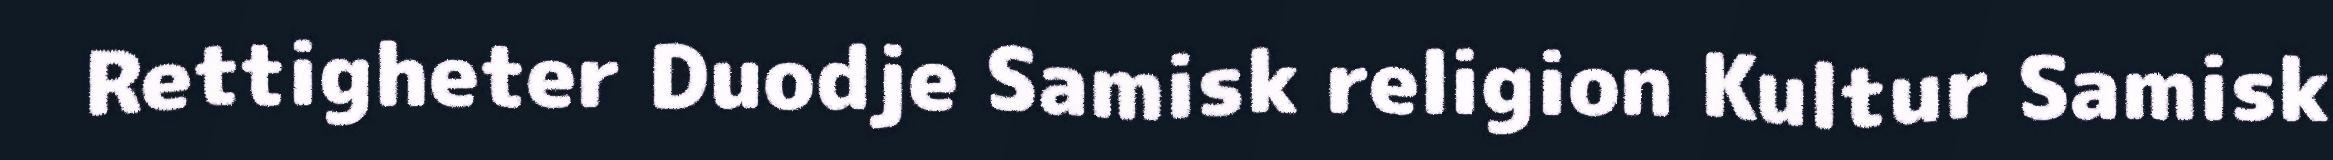
Rettigheter Duodje Samisk religion Kultur Samisk